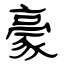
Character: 豪